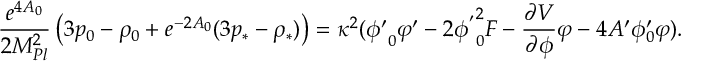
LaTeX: \frac { e ^ { 4 A _ { 0 } } } { 2 M _ { P l } ^ { 2 } } \left( 3 p _ { 0 } - \rho _ { 0 } + e ^ { - 2 A _ { 0 } } ( 3 p _ { * } - \rho _ { * } ) \right) = \kappa ^ { 2 } ( { \phi ^ { \prime } } _ { 0 } \varphi ^ { \prime } - 2 { \phi ^ { ' } } _ { 0 } ^ { 2 } F - \frac { \partial V } { \partial \phi } \varphi - 4 A ^ { \prime } \phi _ { 0 } ^ { \prime } \varphi ) .